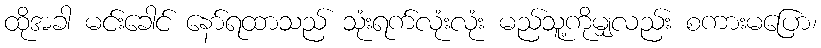
ထိုအခါ မင်းခေါင် နော်ရထာသည် သုံးရက်လုံးလုံး မည်သူ့ကိုမျှလည်း စကားမပြော၊